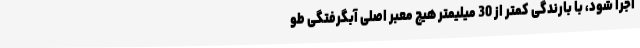
اجرا شود، با بارندگی کمتر از 30 میلیمتر هیچ معبر اصلی آبگرفتگی طو